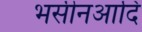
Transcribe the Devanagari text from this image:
भसीनआदि